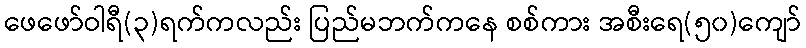
ဖေဖော်ဝါရီ(၃)ရက်ကလည်း ပြည်မဘက်ကနေ စစ်ကား အစီးရေ(၅၀)ကျော်